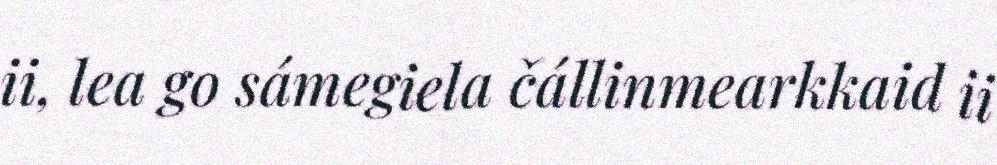
ii, lea go sámegiela čállinmearkkaid ii